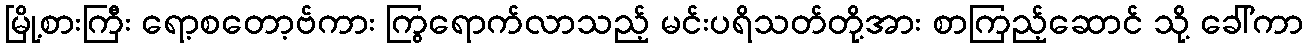
မြို့စားကြီး ရော့စတော့ဗ်ကား ကြွရောက်လာသည့် မင်းပရိသတ်တို့အား စာကြည့်ဆောင် သို့ ခေါ်ကာ